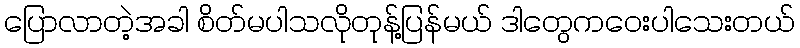
ပြောလာတဲ့အခါ စိတ်မပါသလိုတုန့်ပြန်မယ် ဒါတွေကဝေးပါသေးတယ်